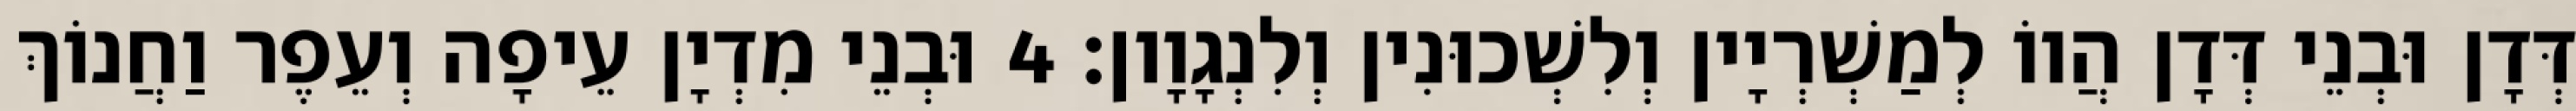
דְּדָן וּבְנֵי דְּדָן הֲווֹ לְמַשְׁרְיָין וְלִשְׁכוּנִין וְלִנְגָוָון׃ 4 וּבְנֵי מִדְיָן עֵיפָה וְעֵפֶר וַחֲנוֹךְ